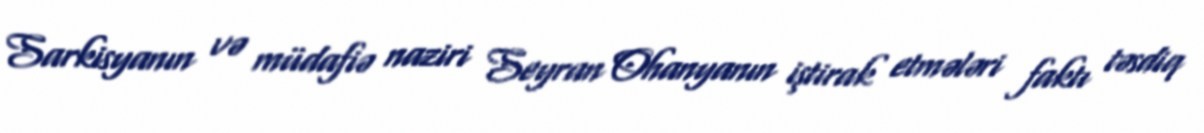
Sarkisyanın və müdafiə naziri Seyran Ohanyanın iştirak etmələri faktı təsdiq